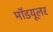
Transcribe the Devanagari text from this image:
मॉडयूलर